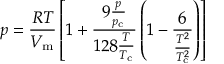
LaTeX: p = { \frac { R T } { V _ { \mathrm { m } } } } \left[ 1 + { \frac { 9 { \frac { p } { p _ { \mathrm { c } } } } } { 1 2 8 { \frac { T } { T _ { \mathrm { c } } } } } } \left( 1 - { \frac { 6 } { \frac { T ^ { 2 } } { T _ { \mathrm { c } } ^ { 2 } } } } \right) \right]